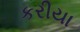
કરીયા